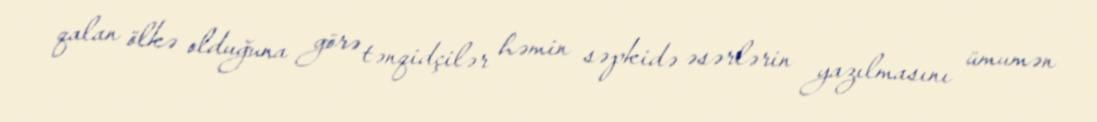
qalan ölkə olduğuna görə tənqidçilər həmin səpkidə əsərlərin yazılmasını ümumən